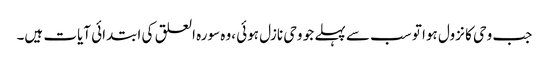
جب وحی کا نزول ہوا تو سب سے پہلے جو وحی نازل ہوئی ،وہ سورہ العلق کی ابتدائی آیات ہیں۔